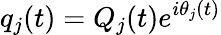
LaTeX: q_{j}(t)=Q_{j}(t)e^{i\theta_{j}(t)}